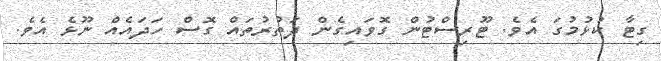
ގިޓާ ކުޅުމުގަ އެވެ. ޓޫރިސްޓުން ގޮވައިގެން ދަތުރުތައް ގޮސް ހަދައެއް ނޫޅެ އެވެ.